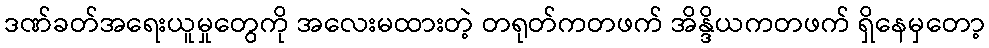
ဒဏ်ခတ်အရေးယူမှုတွေကို အလေးမထားတဲ့ တရုတ်ကတဖက် အိန္ဒိယကတဖက် ရှိနေမှတော့